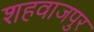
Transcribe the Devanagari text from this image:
शहवाजपुर